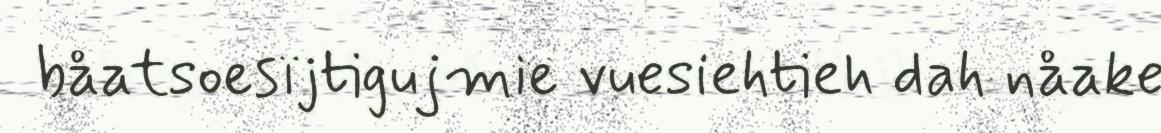
båatsoesïjtigujmie vuesiehtieh dah nåake